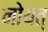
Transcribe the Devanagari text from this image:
नोयत्